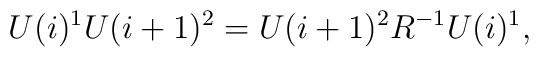
U(i)^{1}  U(i+1)^{2}  = U(i+1)^{2} R^{-1} U(i)^{1},